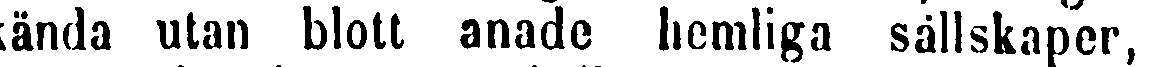
kända utan blott anade hemliga sällskaper,